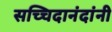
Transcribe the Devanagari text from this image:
सच्चिदानंदांनी